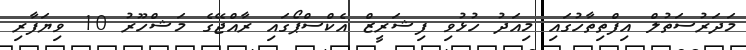
މަދަރުސަތުލް އިފްތިތާހުގައި މިއަދު ހުޅުވި ފިޝަރީޒް އެކްސްޕޯގައި ރާއްޖޭގެ މަޝްހޫރު 10 ވިޔަފާރި